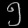
Digit: ၅